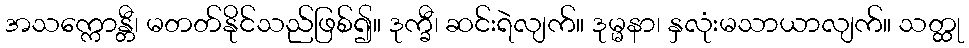
အသက္ကောန္တီ၊ မတတ်နိုင်သည်ဖြစ်၍။ ဒုက္ခီ၊ ဆင်းရဲလျက်။ ဒုမ္မနာ၊ နှလုံးမသာယာလျက်။ သတ္ထု